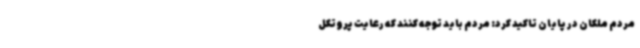
مردم ملکان در پایان تاکید کرد: مردم باید توجه کنند که رعایت پروتکل